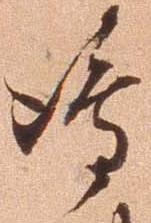
島